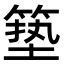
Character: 𮅣